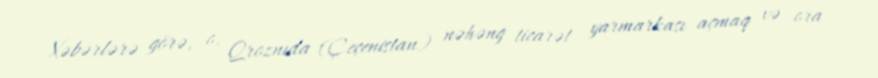
Xəbərlərə görə, o, Qroznıda (Çeçenistan) nəhəng ticarət yarmarkası açmaq və ora